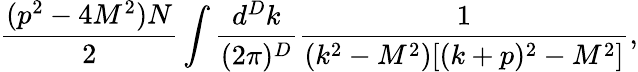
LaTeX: \frac{(p^{2}-4M^{2})N}2\int\frac{d^{D}k}{(2\pi)^{D}}\frac{1}{(k^{2}-M^{2})[(k+p)^{2}-M^{2}]},